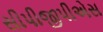
સીપીજીપીએસ